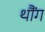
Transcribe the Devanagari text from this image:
थौंग